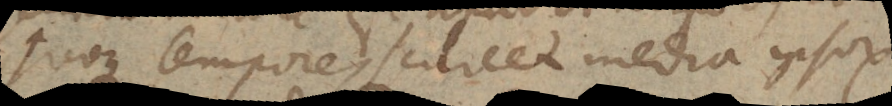
quoque tempore, scilicet media ipsorum